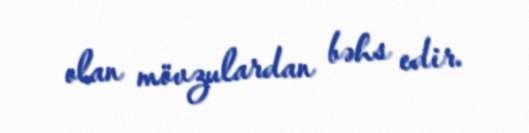
olan mövzulardan bəhs edir.